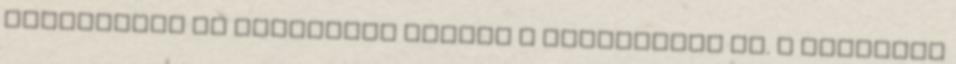
hajkoronám és kezelésbe vették a fejbőrömet is. A jajgatás